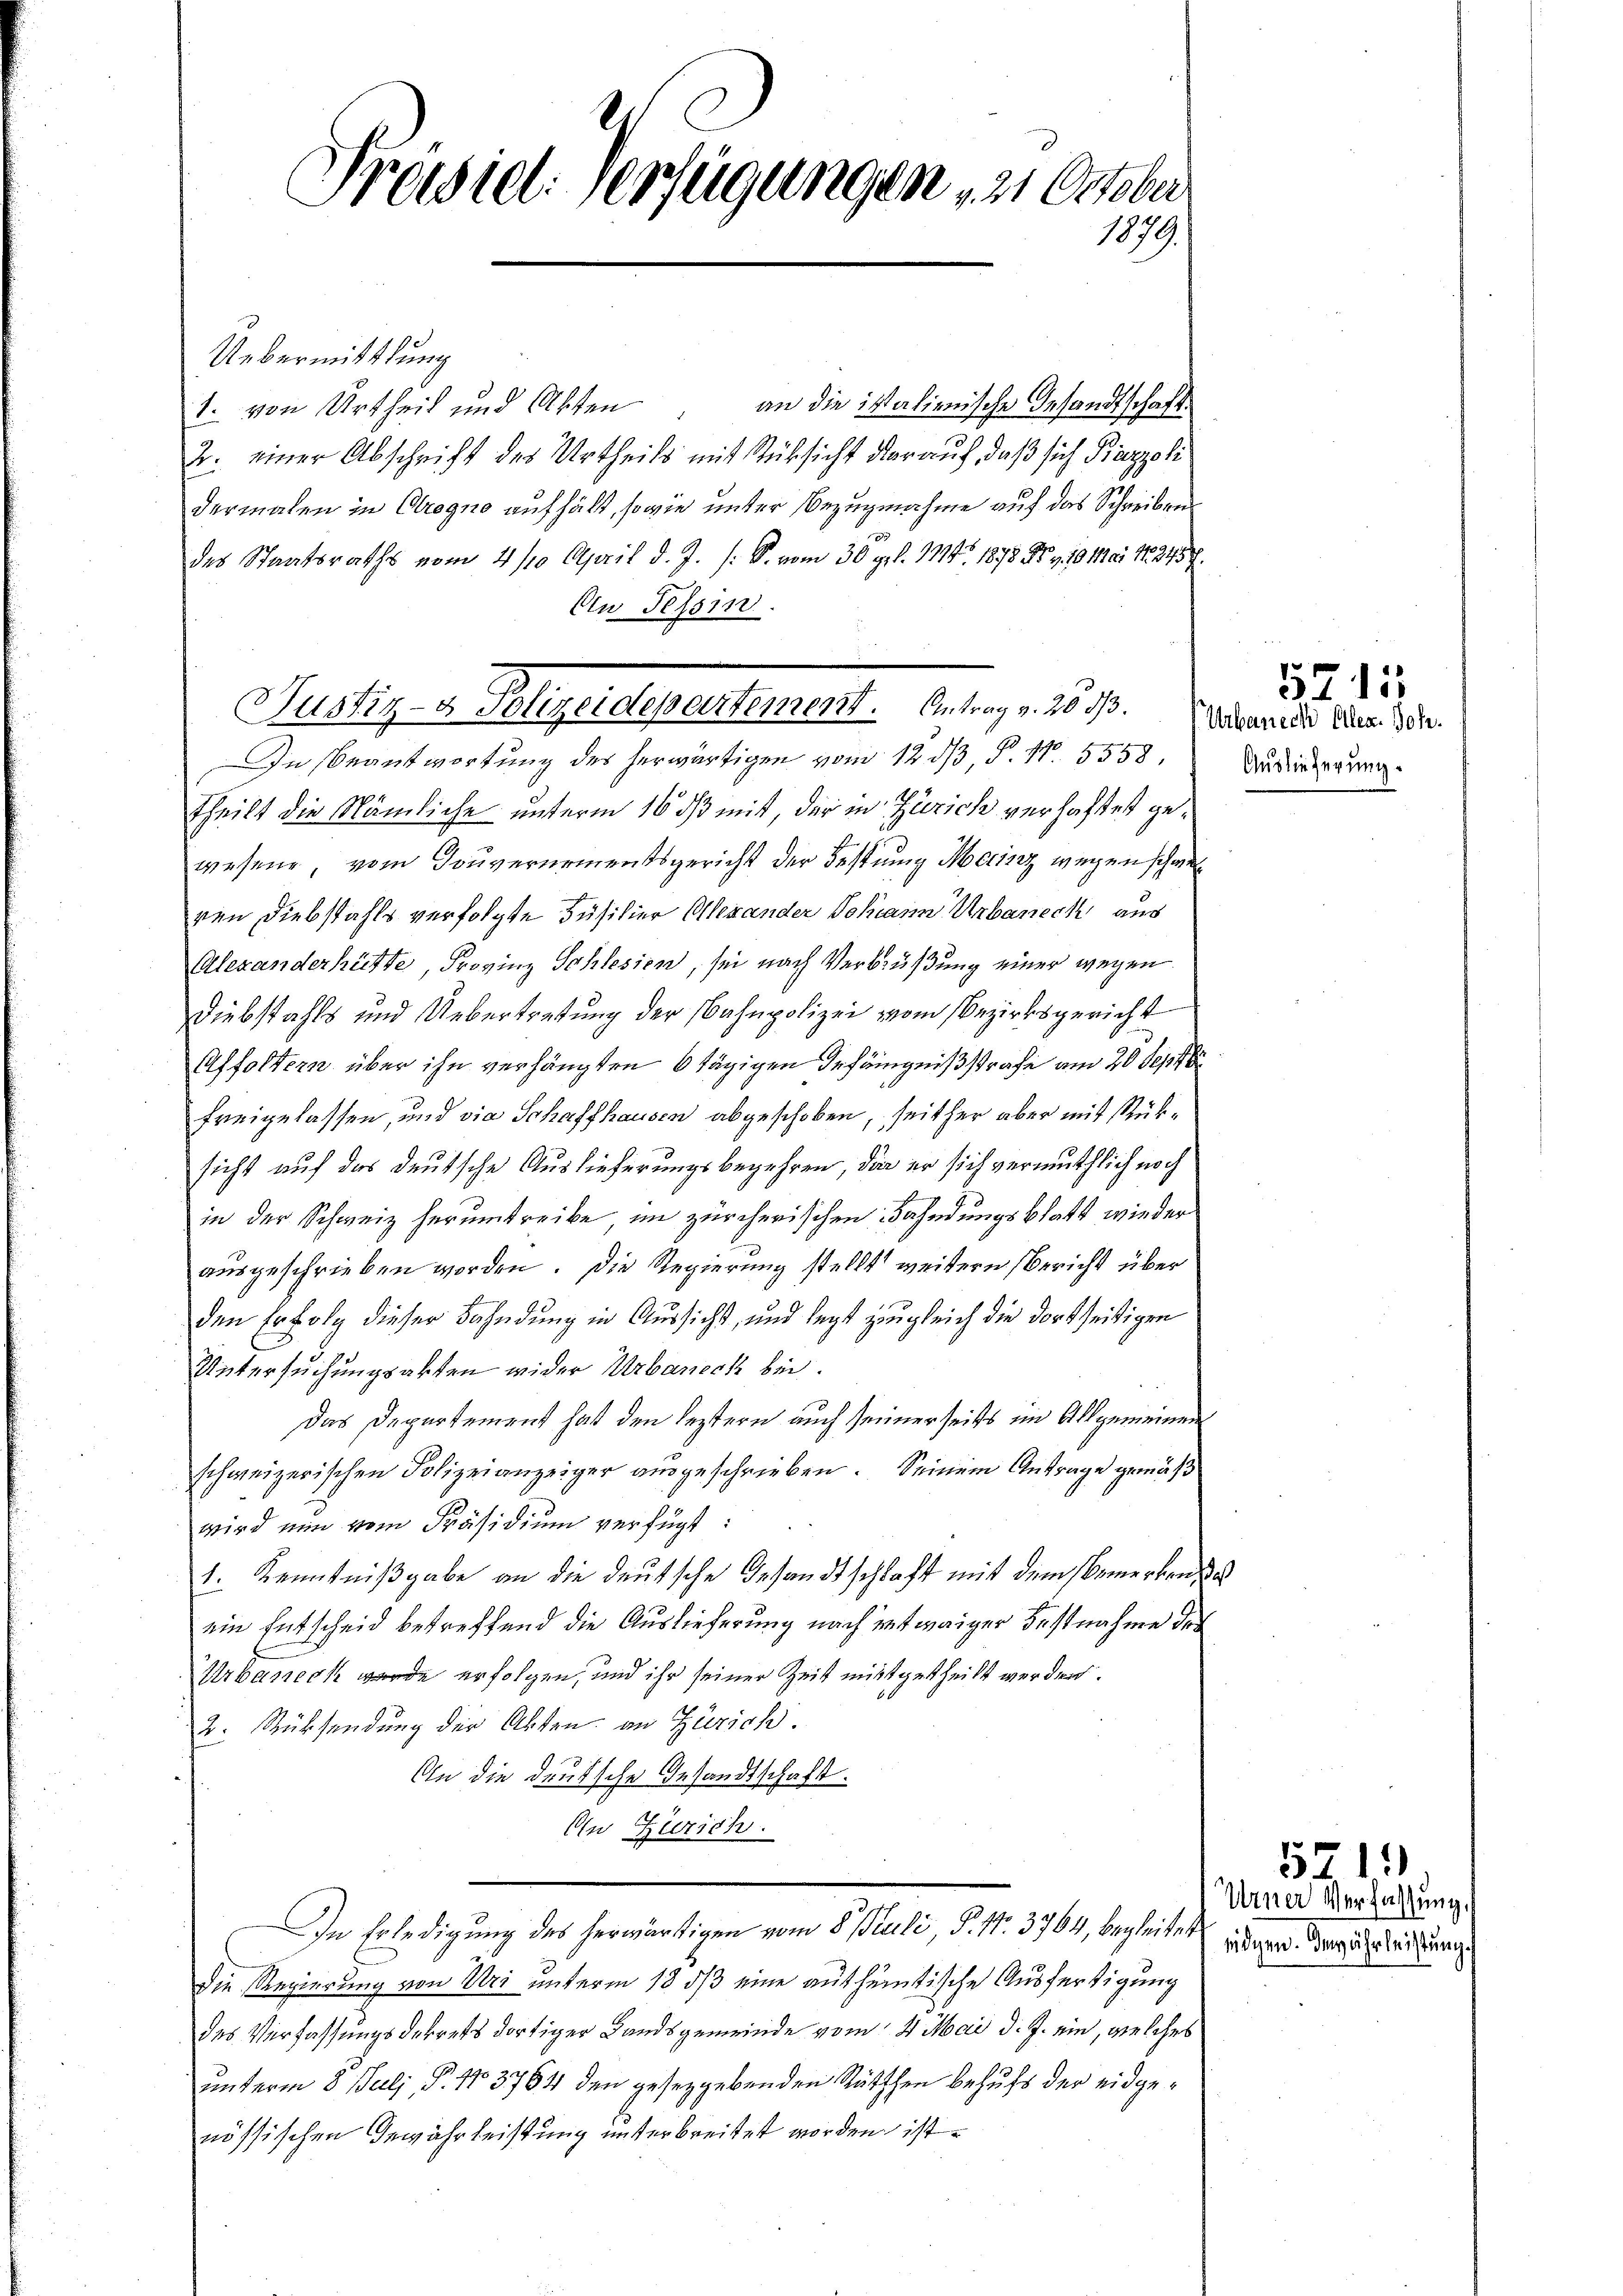
Präsid. Verfügungen in October
1879.

Uebermittlung
1. von Urtheil und Akten, an die italienische Gesandtschaft
2. einer Abschrift des Urtheils mit Rücksicht darauf, daß sich Piazzoli
dermalen in Crogno aufhält, sowie unter Bezugnahme auf das Schreibens
des Staatsraths vom 4/10 April d. J. (S. vom 30 gr. 1794. 1878 Fr. v. 10 Mai 18845.
An Tessin.

Justiz- & Polizeidepartement. Antrag d. 207.
In Beantwortung des herwärtigen vom 12. dβ, P. Nr. 5558

Theilt die Nämliche unterm 16 ds mit, der in Zürich verhaftet gewesene, vom Gouvernementsgericht der Festung Meritz wegen schwerren Diebstahls verfolgte Füsilier Olexander Johann Urbaneck aus
Alexanderhütte, Provinz Schlesien, sei nach Verbrüßung einer wegen
Diebstahls und Uebertretung der Bahnpolizei vom Bezirksgericht
Affoltern über ihn verhängten 6 tägigen Gefängnißstrafe am 20 Septbr
freigelassen, und die Schaffhausen abgeschoben, seither aber mit Rüksicht auf das deutsche Auslieferungsbegehren, das er sich vermuthlich noch
in der Schweiz herumtreibe im zürcherischen Fahndungsblatt wieder
ausgeschrieben worden. Die Regierung stellt weitern Bericht über
den Erfolg dieser Bahndung in Aussicht, und legt zugleich die dortseitigen
Untersuchungsakten wider Urbaneck bei.
Das Departement hat den leztern auch seinerseits im Allgemeinen
schweizerischen Polizeianzeiger ausgeschrieben. Seinem Antrage gemäß
wird nun vom Präsidium verfügt:
1. Kenntnißgabe an die deutsche Gesandtschlaft mit dem Bemerken de
ein Entscheid betreffend die Auslieferung nach entwaiger Festnahme der
Urbaneck wurde erfolgen, und ihr seiner Zeit mitgetheilt werden.
2. Rücksendung der Akten an Zürich.
An die Deutsche Gesandtschaft.
An Zürich.
In Erledigung des herwärtigen vom 8. Juli, S. 11. 3764, begleitet, indern der gereitung
Die Regierung von Uri unterm 18. ds eine authetische Ausfertigung
des Verfassungsdekrets dortiger Landsgemeinde vom 4. Mai d. J. ein, welches
unterm 8. Juli, P. 173764 den gesezgebenden Rüttchen behufs der eidgenössischen Gewährleistung unterbreitet worden ist.

Urbauech Ellen. Joh.
Auslieferung.

s

5711

5711.
Urner Verfassung,